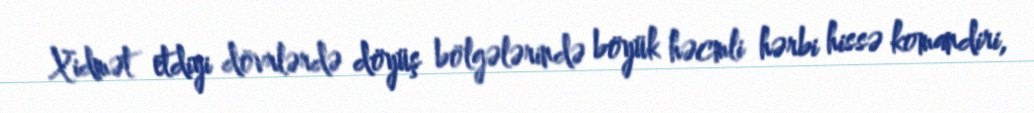
Xidmət etdiyi dövrlərdə döyüş bölgələrində böyük həcmli hərbi hissə komandiri,